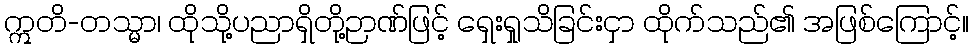
ဣတိ-တသ္မာ၊ ထိုသို့ပညာရှိတို့ဉာဏ်ဖြင့် ရှေးရှုသိခြင်းငှာ ထိုက်သည်၏ အဖြစ်ကြောင့်။